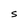
Character: S